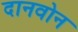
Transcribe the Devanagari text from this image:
दानवोन